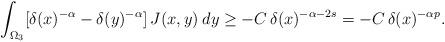
LaTeX: \begin{align*}\int_{\Omega_3}[\delta(x)^{-\alpha}-\delta(y)^{-\alpha}]\,J(x,y)\:dy\geq -C\,\delta(x)^{-\alpha-2s}=-C\,\delta(x)^{-\alpha p}.\end{align*}